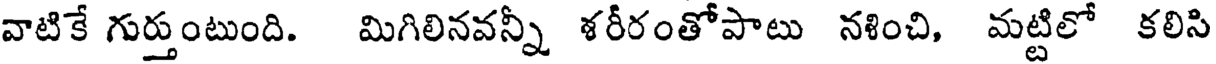
వాటికే గుర్తుంటుంది. మిగిలినవన్నీ శరీరంతోపాటు నశించి, మట్టిలో కలిసి